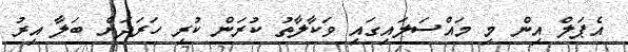
އެޕަލް އިން މި މައްސަލައިގައި ވަކާލާތު ކުރަން ކުރި ހަރަދަށް ބަލާ އިރު